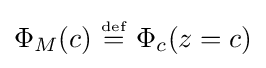
\Phi _{M}(c)\ {\overset {\underset {\mathrm {def} }{}}{=}}\ \Phi _{c}(z=c)